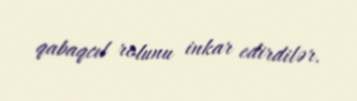
qabaqcıl rolunu inkar edirdilər.